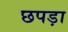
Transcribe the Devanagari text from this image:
छपड़ा